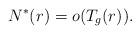
LaTeX: \begin{align*} N^*(r) = o(T_{g}(r)). \end{align*}